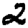
Digit: 2